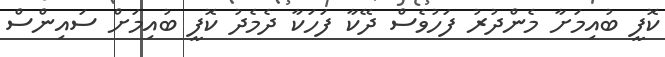
ކޮފީ ބުއިމަށާ މެންދުރު ފަހުވެސް ދޭކާ ފަހަކާ ދެމެދު ކޮފީ ބުއިމަށް ސައިންސް